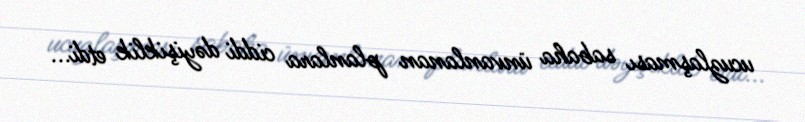
ucuzlaşması sabaha ünvanlanan planlara ciddi dəyişiklik etdi...